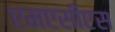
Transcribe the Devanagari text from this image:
एमएसीएस